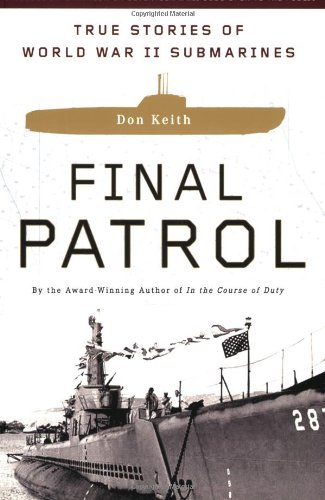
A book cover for Final Patrol: True Stories of World War II Submarines; Don Keith; History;